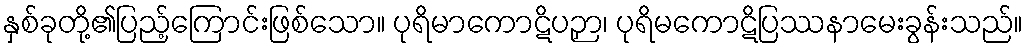
နှစ်ခုတို့၏ပြည့်ကြောင်းဖြစ်သော။ ပုရိမာကောဋိပဉှာ၊ ပုရိမကောဋိပြဿနာမေးခွန်းသည်။